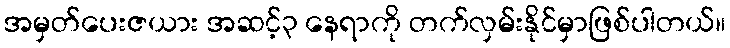
အမှတ်ပေးဇယား အဆင့်၃ နေရာကို တက်လှမ်းနိုင်မှာဖြစ်ပါတယ်။